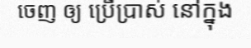
ចេញ ឲ្យ ប្រើប្រាស់ នៅក្នុង